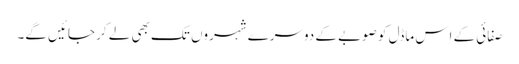
صفائی کے اِس ماڈل کو صوبے کے دوسرے شہروں تک بھی لے کر جائیں گے۔